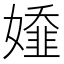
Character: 𡢭